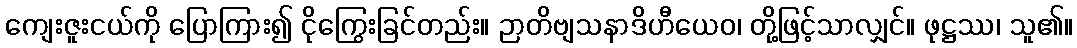
ကျေးဇူးငယ်ကို ပြောကြား၍ ငိုကြွေးခြင်တည်း။ ဉာတိဗျသနာဒိဟီယေဝ၊ တို့ဖြင့်သာလျှင်။ ဖုဋ္ဌဿ၊ သူ၏။